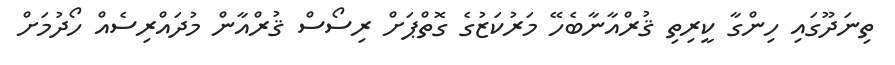
ތިނަދޫގައި ހިންގާ ކީރިތި ޤުރްއާނާބެހޭ މަރުކަޒުގެ ގޮތްޕަށް ރިސޯސް ޤުރްއާން މުދައްރިސެއް ހޯދުމަށް